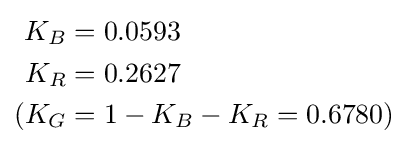
{\begin{aligned}K_{B}&=0.0593\\K_{R}&=0.2627\\(K_{G}&=1-K_{B}-K_{R}=0.6780)\end{aligned}}